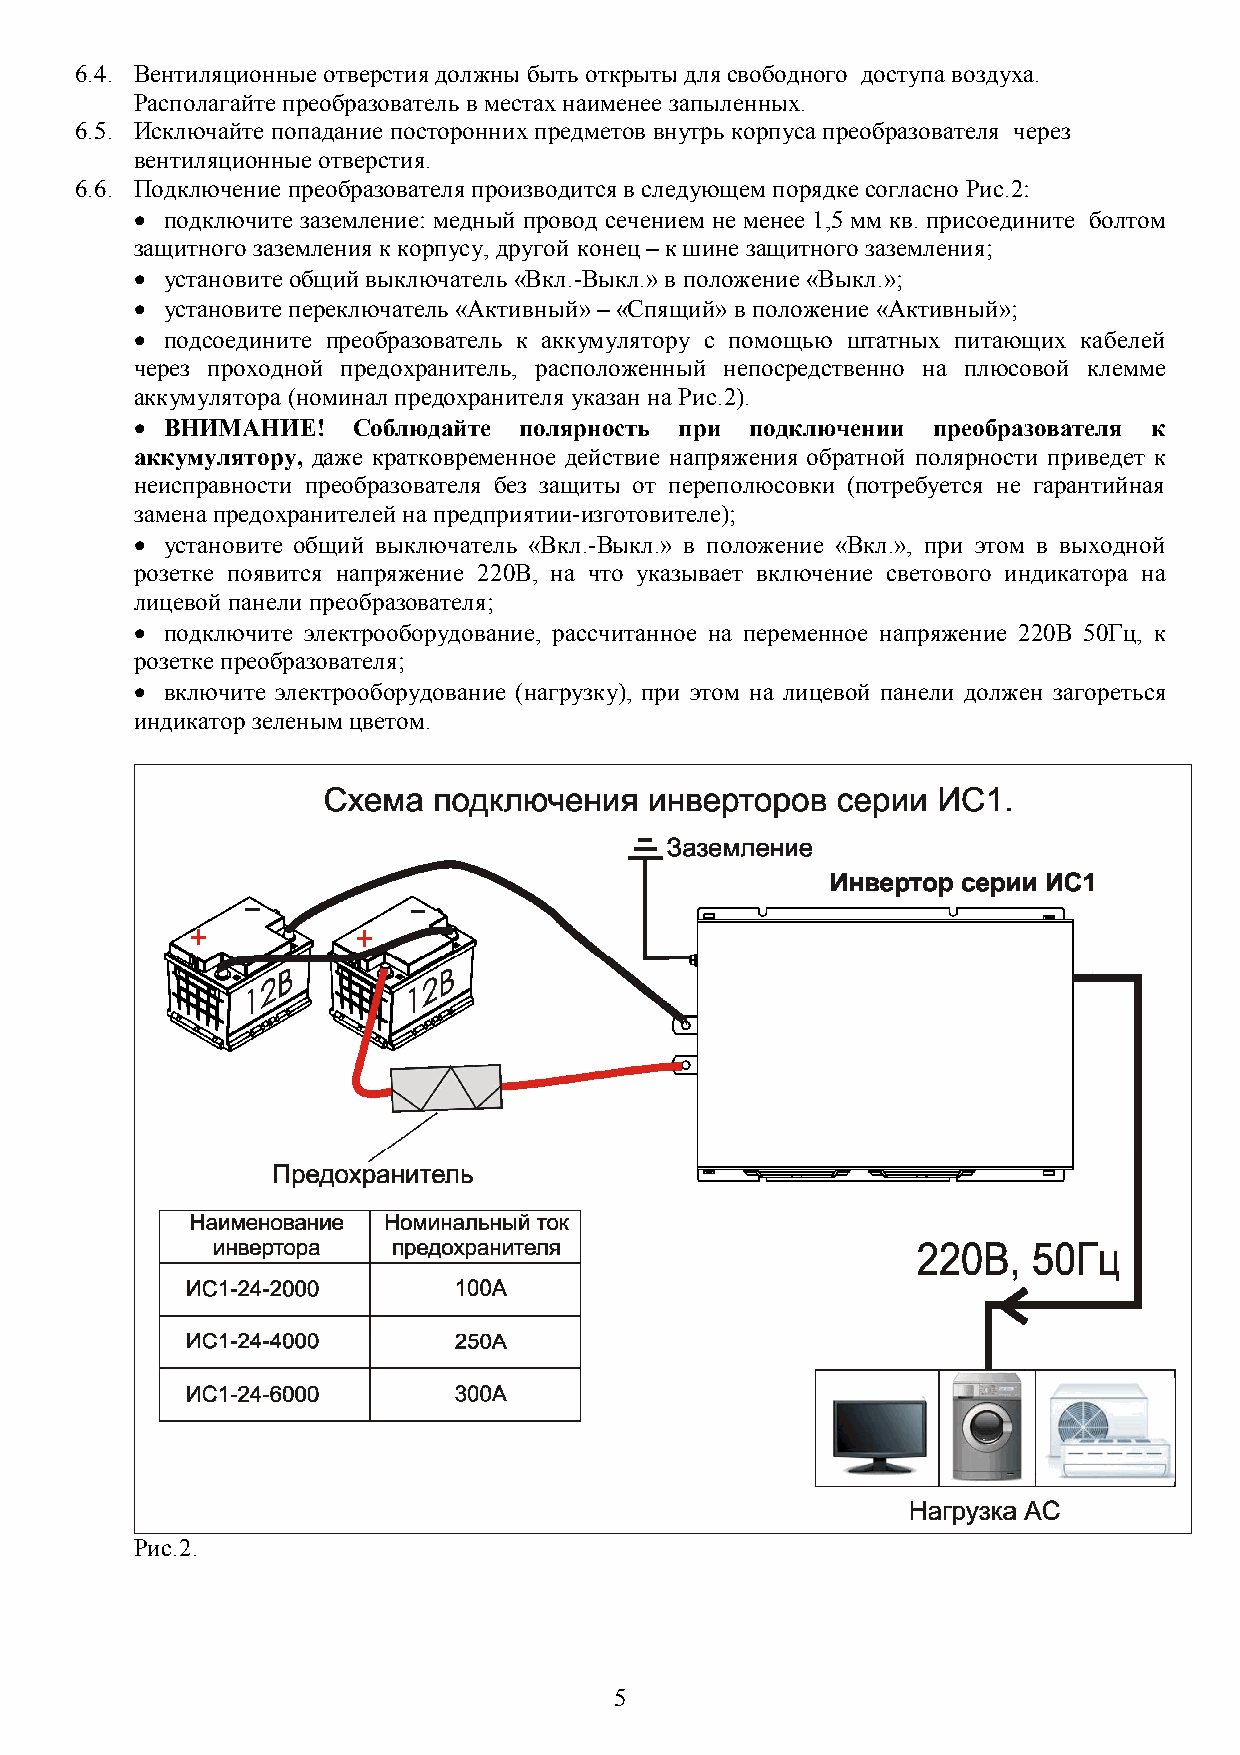
6.4. Вентиляционные отверстия должны быть открыты для свободного доступа воздуха.
 Располагайте преобразователь в местах наименее запыленных.
 6.5. Исключайте попадание посторонних предметов внутрь корпуса преобразователя через
 вентиляционные отверстия.
 6.6. Подключение преобразователя производится в следующем порядке согласно Рис.2:
  подключите заземление: медный провод сечением не менее 1,5 мм кв. присоедините болтом
 защитного заземления к корпусу, другой конец – к шине защитного заземления;
  установите общий выключатель «Вкл.-Выкл.» в положение «Выкл.»;
  установите переключатель «Активный» – «Спящий» в положение «Активный»;
  подсоедините преобразователь к аккумулятору с помощью штатных питающих кабелей
 через проходной предохранитель, расположенный непосредственно на плюсовой клемме
 аккумулятора (номинал предохранителя указан на Рис.2).
  ВНИМАНИЕ!   Соблюдайте полярность при  подключении преобразователя к
 аккумулятору, даже кратковременное действие напряжения обратной полярности приведет к
 неисправности преобразователя без защиты от переполюсовки (потребуется не гарантийная
 замена предохранителей на предприятии-изготовителе);
  установите общий выключатель «Вкл.-Выкл.» в положение «Вкл.», при этом в выходной
 розетке появится напряжение 220В, на что указывает включение светового индикатора на
 лицевой панели преобразователя;
  подключите электрооборудование, рассчитанное на переменное напряжение 220В 50Гц, к
 розетке преобразователя;
  включите электрооборудование (нагрузку), при этом на лицевой панели должен загореться
 индикатор зеленым цветом.
 Рис.2.
 5